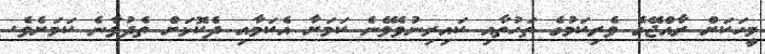
މީހަކަށް ރާއްޖޭގެ ވެރިކަމުގެ ތަހުތާއި ކައިރިނުވެވޭނެ ކަމަށާ އެކަމާއި ދެކޮޅަށް ތެދުވާނެ ކަމަށެވެ.